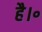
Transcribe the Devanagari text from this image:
है।॰